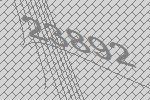
23892